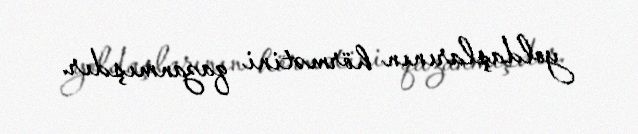
yoldaşlarının hörmətini qazanmışdır.